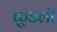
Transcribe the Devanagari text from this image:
कुडली